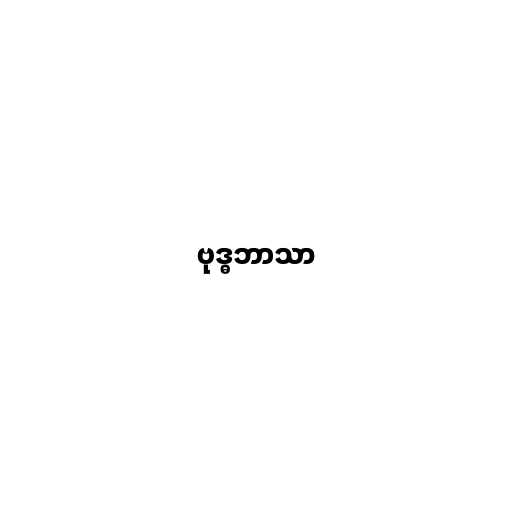
ဗုဒ္ဓဘာသာ